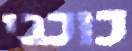
כוכבי